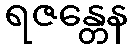
ရဇန္တေန